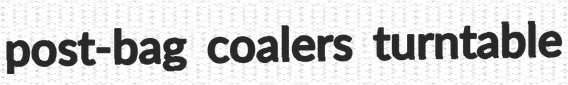
post-bag coalers turntable